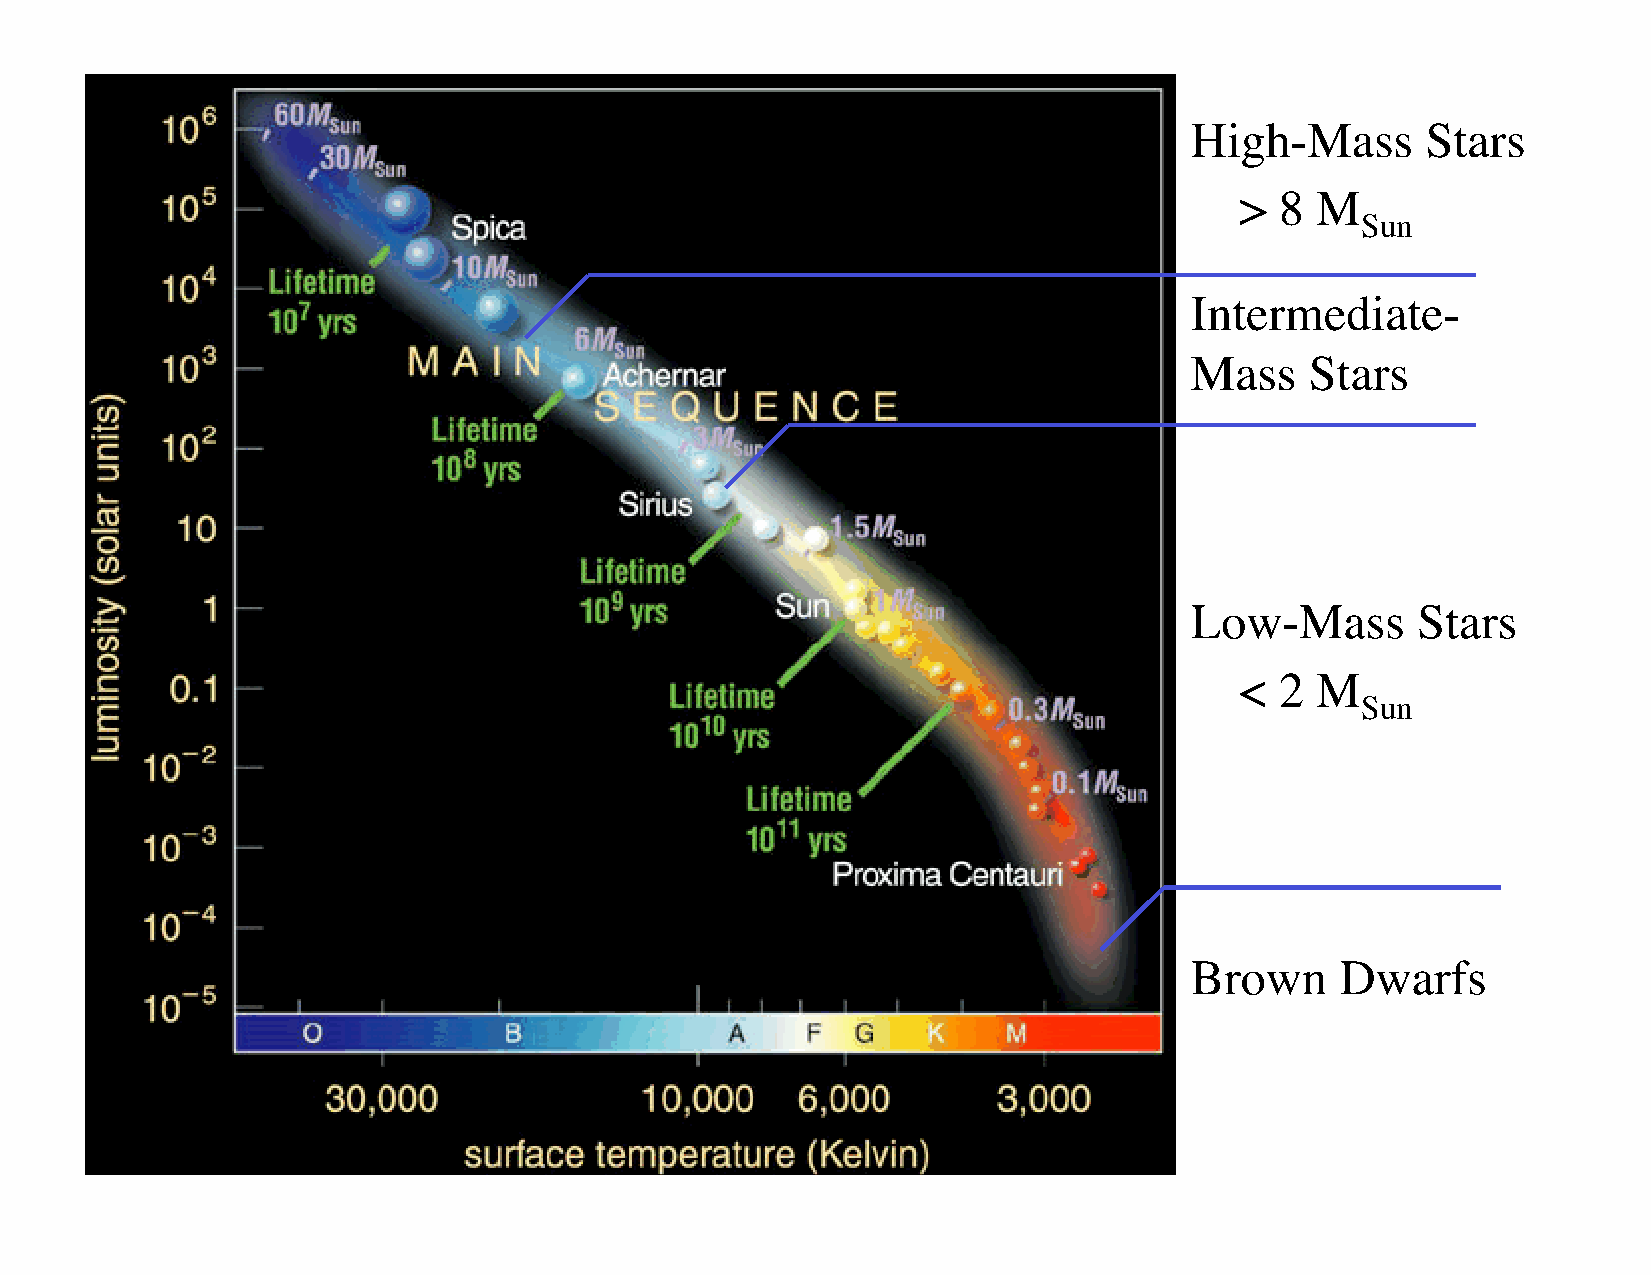
High-Mass      Stars
 >  8 M
 Sun
 Intermediate-
 Mass    Stars
 Low-Mass       Stars
 <  2 M
 Sun
 Brown     Dwarfs